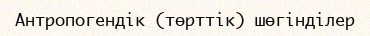
Антропогендік (төрттік) шөгінділер